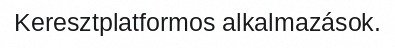
Keresztplatformos alkalmazások.